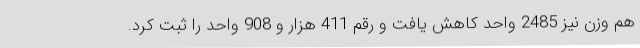
هم وزن نیز 2485 واحد کاهش یافت و رقم 411 هزار و 908 واحد را ثبت کرد.